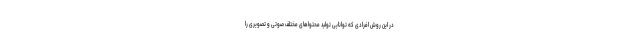
در این روش افرادی که توانایی تولید محتواهای مختلف صوتی و تصویری را